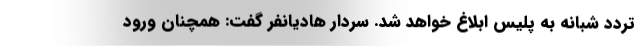
تردد شبانه به پلیس ابلاغ خواهد شد. سردار هادیانفر گفت: همچنان ورود